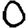
Digit: 0